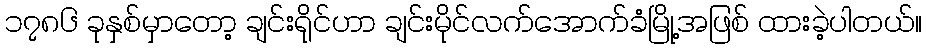
၁၇၈၆ ခုနှစ်မှာတော့ ချင်းရိုင်ဟာ ချင်းမိုင်လက်အောက်ခံမြို့အဖြစ် ထားခဲ့ပါတယ်။